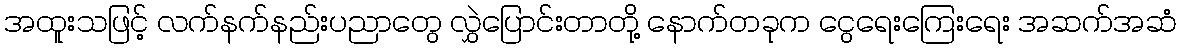
အထူးသဖြင့် လက်နက်နည်းပညာတွေ လွှဲပြောင်းတာတို့ နောက်တခုက ငွေရေးကြေးရေး အဆက်အဆံ